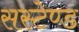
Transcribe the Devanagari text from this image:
सस्टेण्ड